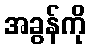
အခွန်ကို